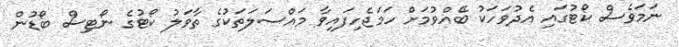
ނަމަވެސް ކޯޓުގައި އެދުވަހަކު ބޭއްވުމަށް ހަމަޖެހިފައިވާ މައްސަލަތަކުގެ ތާވަލު ކޯޓުގެ ނޯޓިސް ބޯޑުން